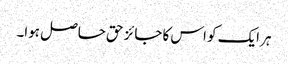
ہر ایک کو اس کا جائز حق حاصل ہوا۔